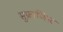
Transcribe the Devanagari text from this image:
सुफ्राजिस्ट